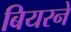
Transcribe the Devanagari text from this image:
बियरने